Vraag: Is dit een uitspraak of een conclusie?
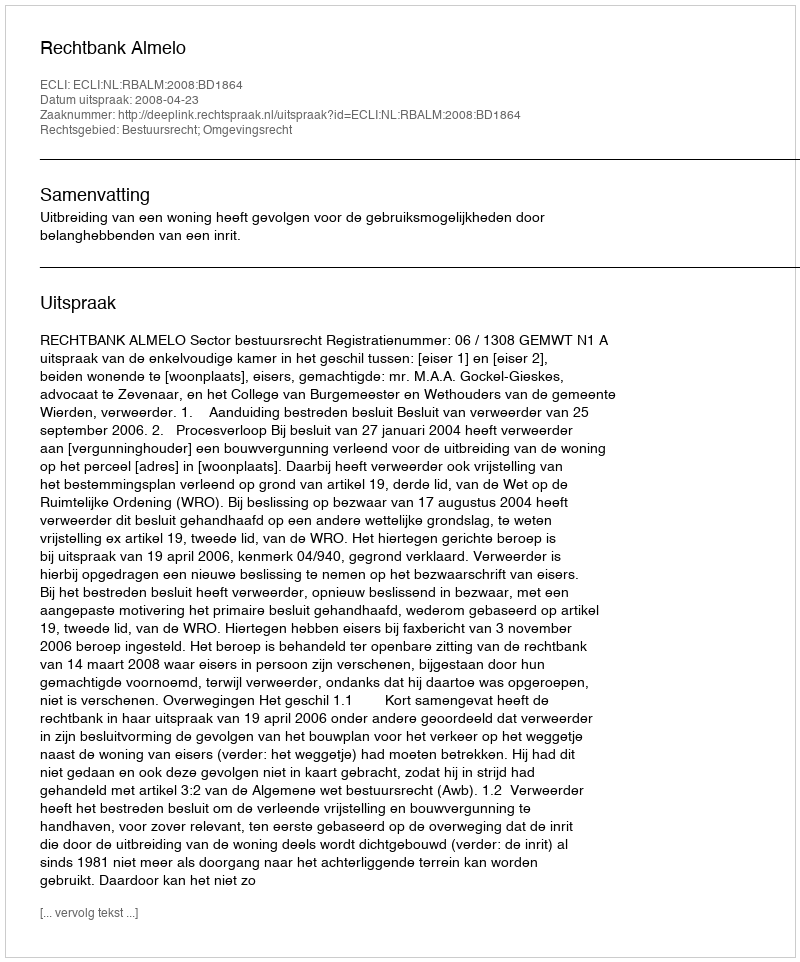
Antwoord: Uitspraak